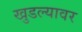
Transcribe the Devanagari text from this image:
खुडल्यावर